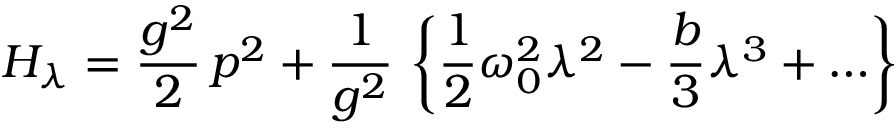
H _ { \lambda } = \frac { g ^ { 2 } } { 2 } \, p ^ { 2 } + \frac { 1 } { g ^ { 2 } } \, \left\{ \frac { 1 } { 2 } \omega _ { 0 } ^ { 2 } \lambda ^ { 2 } - \frac { b } { 3 } \lambda ^ { 3 } + \ldots \right\}